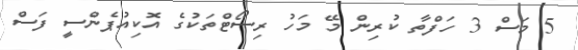
5 މަސް 3 ހަފްތާ ކުރިން މޭ މަހު ރިސޯޓްތަކުގެ އޮކިއުޕެންސީ ފަސް